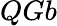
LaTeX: QGb